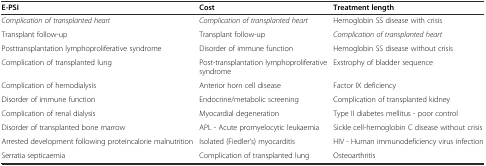
<table><thead><tr><td><b>E-PSI</b></td><td><b>Cost</b></td><td><b>Treatment length</b></td></tr></thead><tbody><tr><td><i>Complication of transplanted heart</i></td><td><i>Complication of transplanted heart</i></td><td>Hemoglobin SS disease with crisis</td></tr><tr><td>Transplant follow-up</td><td>Transplant follow-up</td><td><i>Complication of transplanted heart</i></td></tr><tr><td>Posttransplantation lymphoproliferative syndrome</td><td>Disorder of immune function</td><td>Hemoglobin SS disease without crisis</td></tr><tr><td>Complication of transplanted lung</td><td>Post-transplantation lymphoproliferative syndrome</td><td>Exstrophy of bladder sequence</td></tr><tr><td>Complication of hemodialysis</td><td>Anterior horn cell disease</td><td>Factor IX deficiency</td></tr><tr><td>Disorder of immune function</td><td>Endocrine/metabolic screening</td><td>Complication of transplanted kidney</td></tr><tr><td>Complication of renal dialysis</td><td>Myocardial degeneration</td><td>Type II diabetes mellitus - poor control</td></tr><tr><td>Disorder of transplanted bone marrow</td><td>APL - Acute promyelocytic leukaemia</td><td>Sickle cell-hemoglobin C disease without crisis</td></tr><tr><td>Arrested development following proteincalorie malnutrition</td><td>Isolated (Fiedler’s) myocarditis</td><td>HIV - Human immunodeficiency virus infection</td></tr><tr><td>Serratia septicaemia</td><td>Complication of transplanted lung</td><td>Osteoarthritis</td></tr></tbody></table>